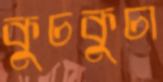
কুচকুচা